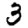
Digit: 3